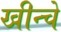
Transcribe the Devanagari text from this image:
खीन्चे